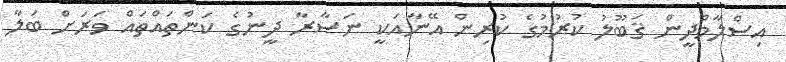
އިސްލާމްދީން ޤަބޫލު ކުރުމުގެ ކުރިން އޭނާއަކީ ނަޞާރާ ދީނުގެ ކަންތައްތައް ވަރަށް ބަލާ